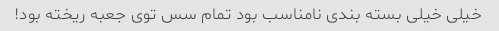
خیلی خیلی بسته بندی نامناسب بود تمام سس توی جعبه ریخته بود!